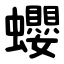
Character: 蠳